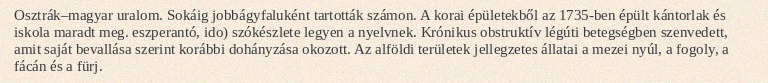
Osztrák–magyar uralom. Sokáig jobbágyfaluként tartották számon. A korai épületekből az 1735-ben épült kántorlak és iskola maradt meg. eszperantó, ido) szókészlete legyen a nyelvnek. Krónikus obstruktív légúti betegségben szenvedett, amit saját bevallása szerint korábbi dohányzása okozott. Az alföldi területek jellegzetes állatai a mezei nyúl, a fogoly, a fácán és a fürj.